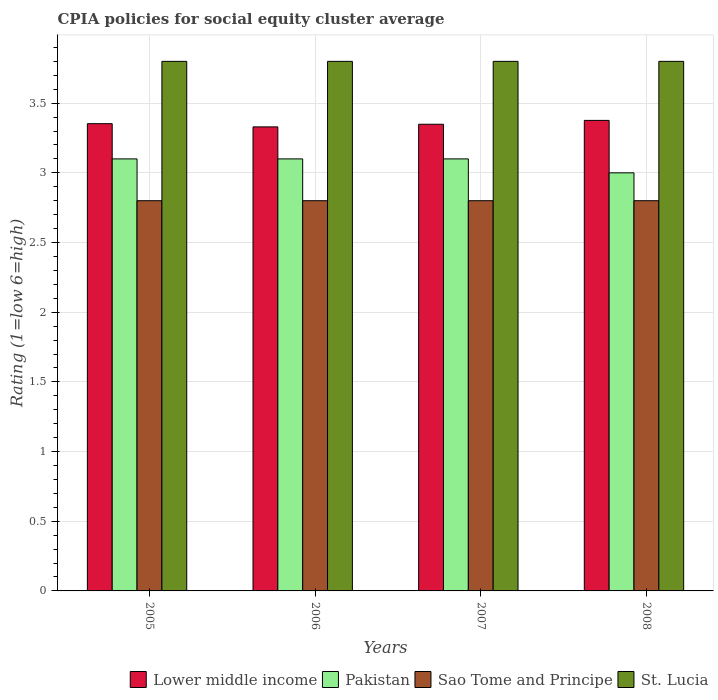
| Years | Lower middle income | Pakistan | Sao Tome and Principe | St. Lucia |
 | --- | --- | --- | --- | --- |
 | 2005 | 3.35 | 3.1 | 2.8 | 3.8 |
 | 2006 | 3.33 | 3.1 | 2.8 | 3.8 |
 | 2007 | 3.35 | 3.1 | 2.8 | 3.8 |
 | 2008 | 3.38 | 3 | 2.8 | 3.8 |